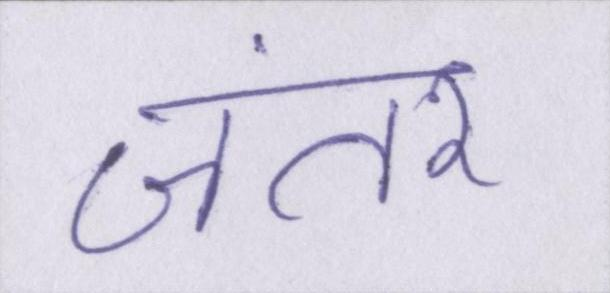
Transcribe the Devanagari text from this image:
जंतर